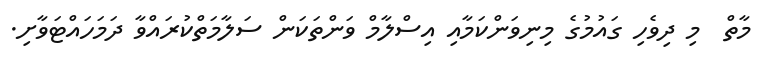
މާތް  މި ދިވެހި ގައުމުގެ މިނިވަންކަމާއި އިސްލާމް ވަންތަކަން ސަލާމަތްކުރައްވާ ދަމަހައްޓަވާށި.